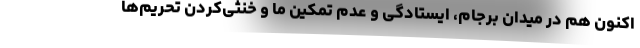
اکنون هم در میدان برجام، ایستادگی و عدم تمکین ما و خنثی‌کردن تحریم‌ها